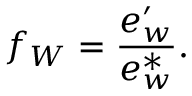
f _ { W } = { \frac { e _ { w } ^ { \prime } } { e _ { w } ^ { * } } } .